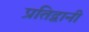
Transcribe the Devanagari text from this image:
प्रतिद्वानी